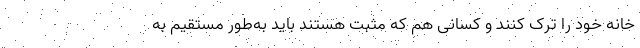
خانه خود را ترک کنند و کسانی هم که مثبت هستند باید به‌طور مستقیم به